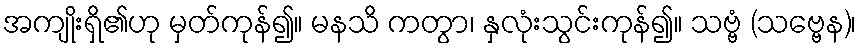
အကျိုးရှိ၏ဟု မှတ်ကုန်၍။ မနသိ ကတွာ၊ နှလုံးသွင်းကုန်၍။ သဗ္ဗံ (သဗ္ဗေန)၊